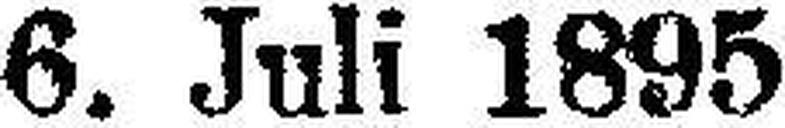
6. Juli 1895